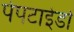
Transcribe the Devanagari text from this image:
पेपटाईडों